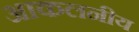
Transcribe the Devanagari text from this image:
आकलनीय